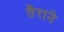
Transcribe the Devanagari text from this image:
तैराने